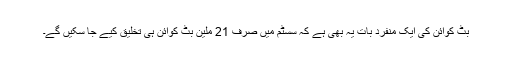
بِٹ کوائن کی ایک منفرد بات یہ بھی ہے کہ سسٹم میں صرف 21 ملین بِٹ کوائن ہی تخلیق کیے جا سکیں گے۔